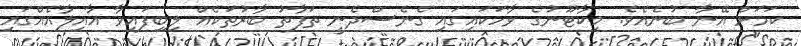
ކަމަށް އޭނާ ބުނެއެވެ. މިކާޓޫނުގެ ވާހަކައިގައި ގެނެސްދެނީ ތަފާތު ބާރުތަކެއް ލިބިފައިވާ އާއިލާއެއްގައި